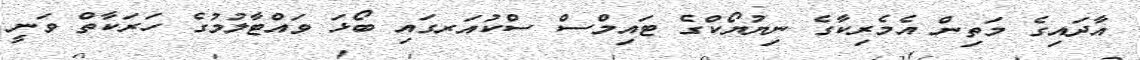
އާދައިގެ މަތިން އެމެރިކާގެ ނިޔުޔޯކްގެ ޓައިމްސް ސްކުއަރގައި ބޯޅަ ވައްޓާލުމުގެ ހަރަކާތް ވަނީ